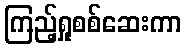
ကြည့်ရှုစစ်ဆေးကာ